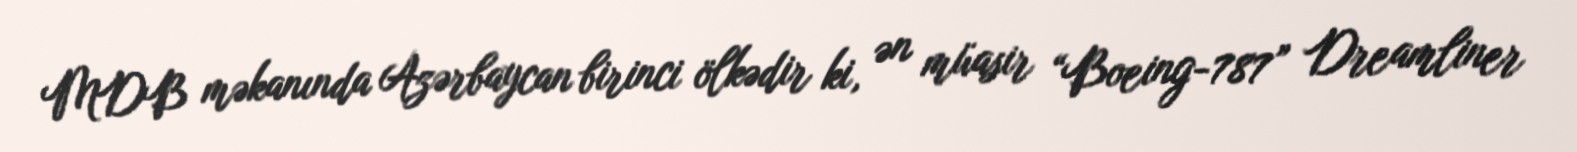
MDB məkanında Azərbaycan birinci ölkədir ki, ən müasir “Boeing-787” Dreamliner